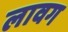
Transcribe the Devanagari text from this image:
लावग